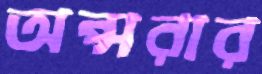
অপ্সরার